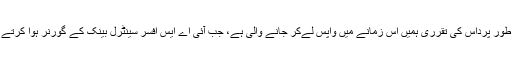
یقینی طور پرداس کی تقرری ہمیں اس زمانے میں واپس لےکر جانے والی ہے، جب آئی اے ایس افسر سینٹرل بینک کے گورنر ہوا کرتے تھے۔